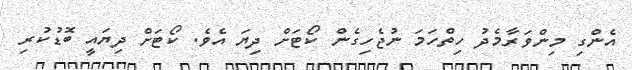
އެންގި މިންވަރާމެދު ހިތްހަމަ ނުޖެހިގެން ކޯޓަށް ދިޔަ އެވެ. ކޯޓަށް ދިޔައީ ބޮޑުކުރި